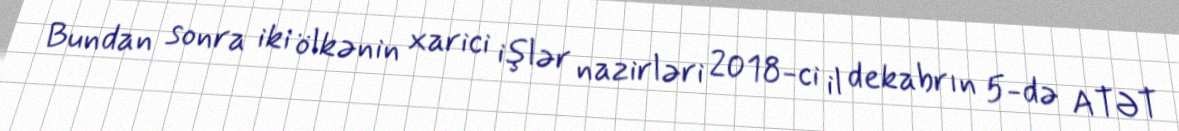
Bundan sonra iki ölkənin xarici işlər nazirləri 2018-ci il dekabrın 5-də ATƏT